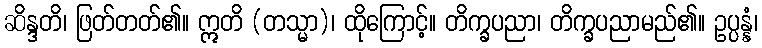
ဆိန္ဒတိ၊ ဖြတ်တတ်၏။ ဣတိ (တသ္မာ)၊ ထိုကြောင့်။ တိက္ခပညာ၊ တိက္ခပညာမည်၏။ ဥပ္ပန္နံ၊